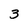
Character: 3